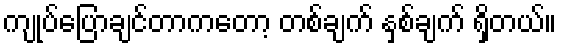
ကျုပ်ပြောချင်တာကတော့ တစ်ချက် နှစ်ချက် ရှိတယ်။